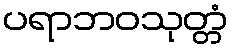
ပရာဘဝသုတ္တံ